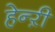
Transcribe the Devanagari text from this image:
हेन्ऱी